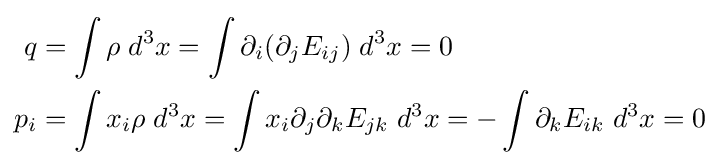
{\begin{aligned}q&=\int \rho \;d^{3}x=\int \partial _{i}(\partial _{j}E_{ij})\;d^{3}x=0\\p_{i}&=\int x_{i}\rho \;d^{3}x=\int x_{i}\partial _{j}\partial _{k}E_{jk}\;d^{3}x=-\int \partial _{k}E_{ik}\;d^{3}x=0\end{aligned}}